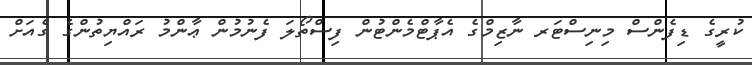
ކުރީގެ ޑިފެންސް މިނިސްޓަރ ނާޒިމްގެ އެޕާޓްމެންޓުން ފިސްތޯލަ ފެނުމުން ޢާންމު ރައްޔިތުންގެ ގެއަށް